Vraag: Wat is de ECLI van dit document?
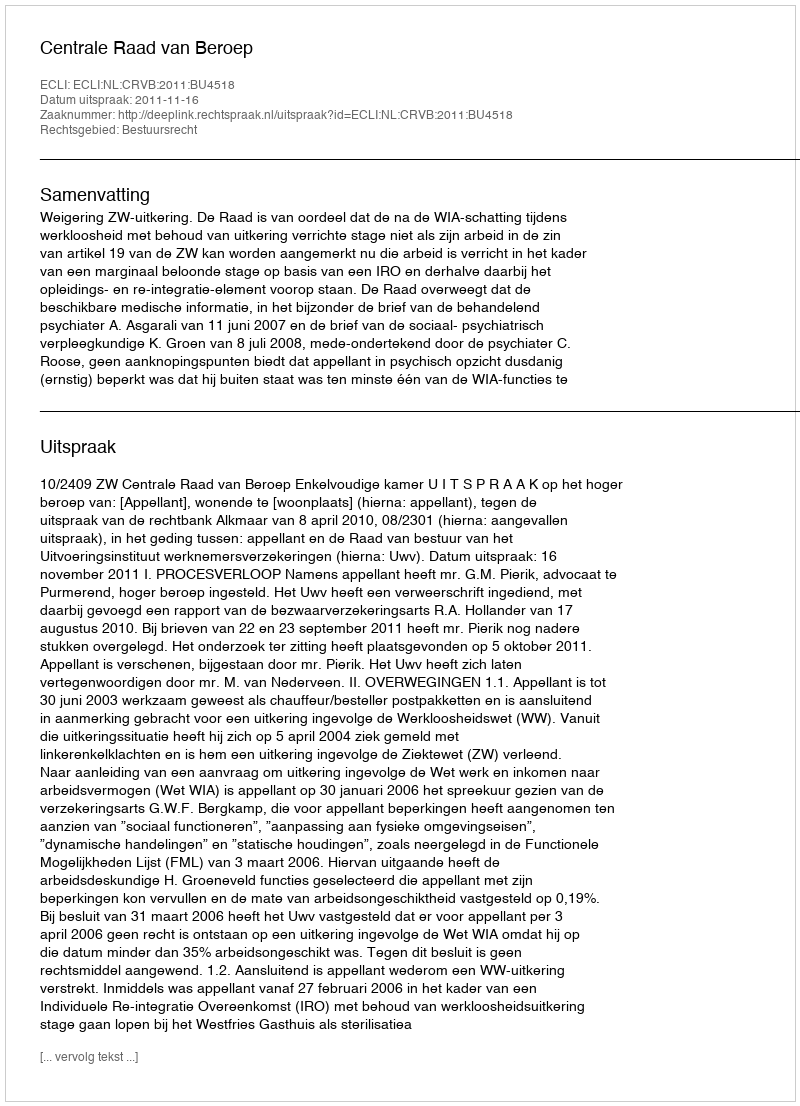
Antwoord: ECLI:NL:CRVB:2011:BU4518